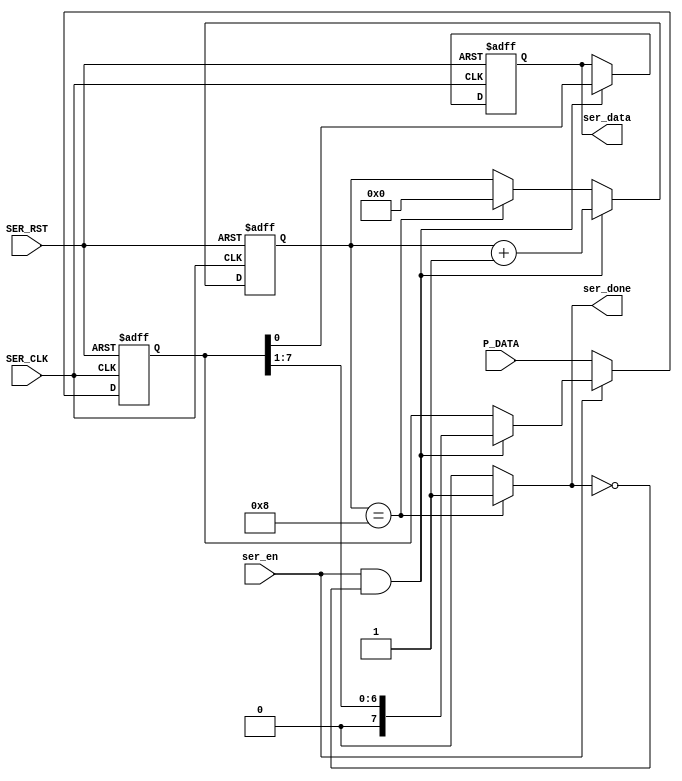
module serializer #(parameter DATA_WIDTH = 8)(
    input   wire                        SER_CLK,
    input   wire                        SER_RST,
    input   wire    [DATA_WIDTH-1:0]    P_DATA,
    input   wire                        ser_en,
    output  wire                        ser_done,
    output  reg                         ser_data
);

reg     [DATA_WIDTH-1:0]    P_DATA_reg;
reg     [4:0]               counter;


assign ser_done = (counter == DATA_WIDTH)? 1'b1 : 1'b0; 


always @(posedge SER_CLK or negedge SER_RST)
begin
    if(!SER_RST)
        begin
            P_DATA_reg <= 'b0;
        end
    else
        begin
            //enter the data to P_DATA_reg while the ser_en deactivated and when ser_en activated save the last value of P_Data
            if(!ser_en) 
                P_DATA_reg <= P_DATA;
            //if ser_en activited and serializer doesn't seralize all the data
            else if(ser_en && !ser_done) 
                P_DATA_reg <= P_DATA_reg >> 1;
        end
end 


always @(posedge SER_CLK or negedge SER_RST)
begin
    if(!SER_RST)
        begin   
            ser_data    <= 'b0;
            counter     <= 'b0;
        end
    else if(ser_en && !ser_done)
        begin
            counter <= counter + 1;
            ser_data <= P_DATA_reg[0]; 
        end
    else if(counter == DATA_WIDTH)
        begin
            counter <= 'b0;
        end
end



endmodule